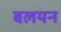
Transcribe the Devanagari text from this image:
बलयन